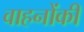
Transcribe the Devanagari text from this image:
वाहनोंकी